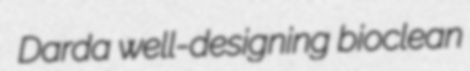
Darda well-designing bioclean